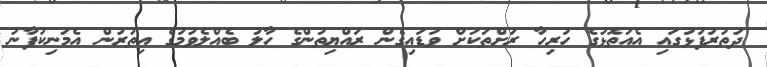
ދަތުރުފުޅުގައި އެއަތޮޅުގެ ހުރިހާ ރަށްތަކަށް ވަޑައިގެން ރައްޔިތުންގެ ހާލު ބެއްލެވުމުގެ އިތުރުން އެމަނިކުފާނު